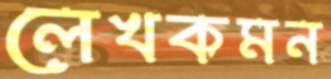
লেখকমন